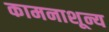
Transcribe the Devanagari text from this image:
कामनाशून्य